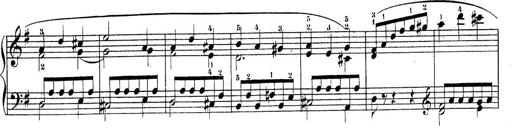
Title: Piano Sonatine No.2
Composer: Peter Piel
Key: G major